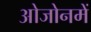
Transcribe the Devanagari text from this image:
ओजोनमें